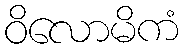
ဝိလောမိကံ